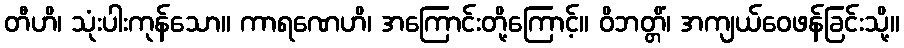
တီဟိ၊ သုံးပါးကုန်သော။ ကာရဏေဟိ၊ အကြောင်းတို့ကြောင့်။ ဝိဘတ္တိံ၊ အကျယ်ဝေဖန်ခြင်းသို့။